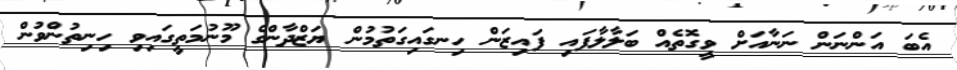
އެބަ އަންނަން ނަނާއަށް ވީގޮތެއް ބަލާލާފައި ފައިޒަން ހިނގައިގަތުމުން ޔަޒްދާންގެ މޫނުމަތީގައިވި ހިނިތުންވުން